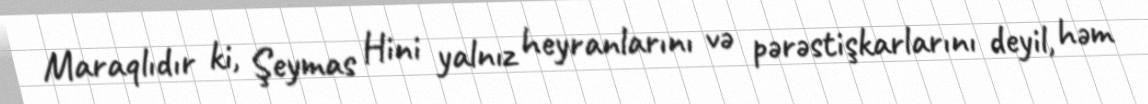
Maraqlıdır ki, Şeymas Hini yalnız heyranlarını və pərəstişkarlarını deyil, həm